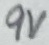
Text: 9V